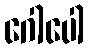
ဂေါပေါ